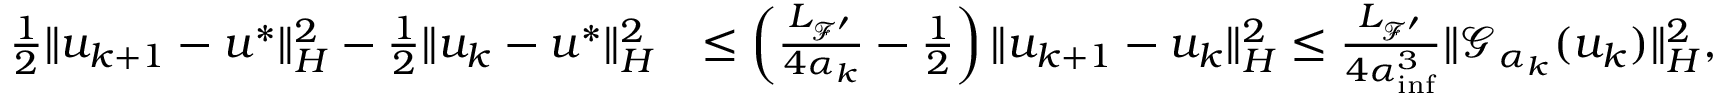
\begin{array} { r l } { \frac { 1 } { 2 } \| u _ { k + 1 } - u ^ { * } \| _ { { H } } ^ { 2 } - \frac { 1 } { 2 } \| u _ { k } - u ^ { * } \| _ { { H } } ^ { 2 } } & { \leq \left( \frac { { L _ { { \mathcal { F } } ^ { \prime } } } } { 4 \alpha _ { k } } - \frac { 1 } { 2 } \right) \| u _ { k + 1 } - u _ { k } \| _ { { H } } ^ { 2 } \leq \frac { { L _ { { \mathcal { F } } ^ { \prime } } } } { 4 { \alpha } _ { \operatorname* { i n f } } ^ { 3 } } \| { \mathcal { G } } _ { \alpha _ { k } } ( u _ { k } ) \| _ { H } ^ { 2 } , } \end{array}